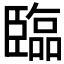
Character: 臨